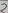
Text: 2